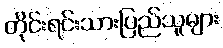
တိုင်းရင်းသားပြည်သူများ